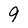
Character: 9